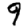
Digit: 9